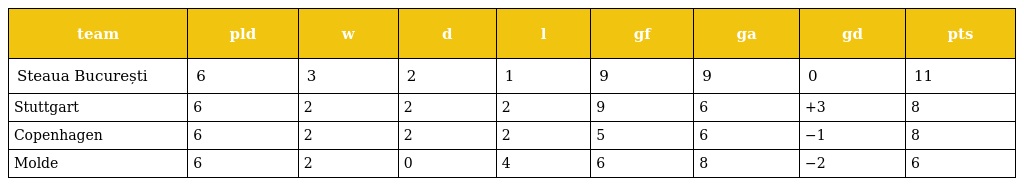
| team | pld | w | d | l | gf | ga | gd | pts |
 | --- | --- | --- | --- | --- | --- | --- | --- | --- |
 | Steaua București | 6 | 3 | 2 | 1 | 9 | 9 | 0 | 11 |
 | Stuttgart | 6 | 2 | 2 | 2 | 9 | 6 | +3 | 8 |
 | Copenhagen | 6 | 2 | 2 | 2 | 5 | 6 | −1 | 8 |
 | Molde | 6 | 2 | 0 | 4 | 6 | 8 | −2 | 6 |